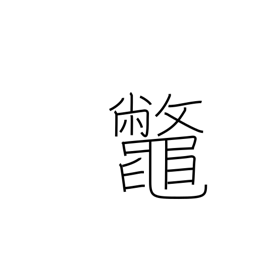
Meaning: snapping turtle